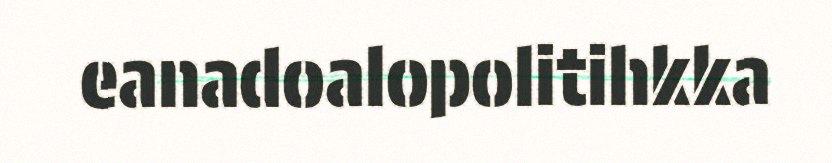
eanadoalopolitihkka